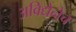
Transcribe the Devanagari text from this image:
अविद्येनेच